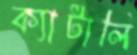
ক্যাটালি